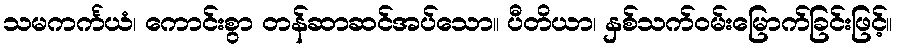
သမကင်္ကယံ၊ ကောင်းစွာ တန်ဆာဆင်အပ်သော။ ပီတိယာ၊ နှစ်သက်ဝမ်းမြောက်ခြင်းဖြင့်။